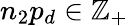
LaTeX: n_{2}p_{d}\in\mathbb{Z}_{+}